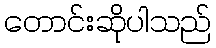
တောင်းဆိုပါသည်